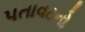
પતાવટનો